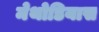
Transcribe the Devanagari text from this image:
मेथोडियास